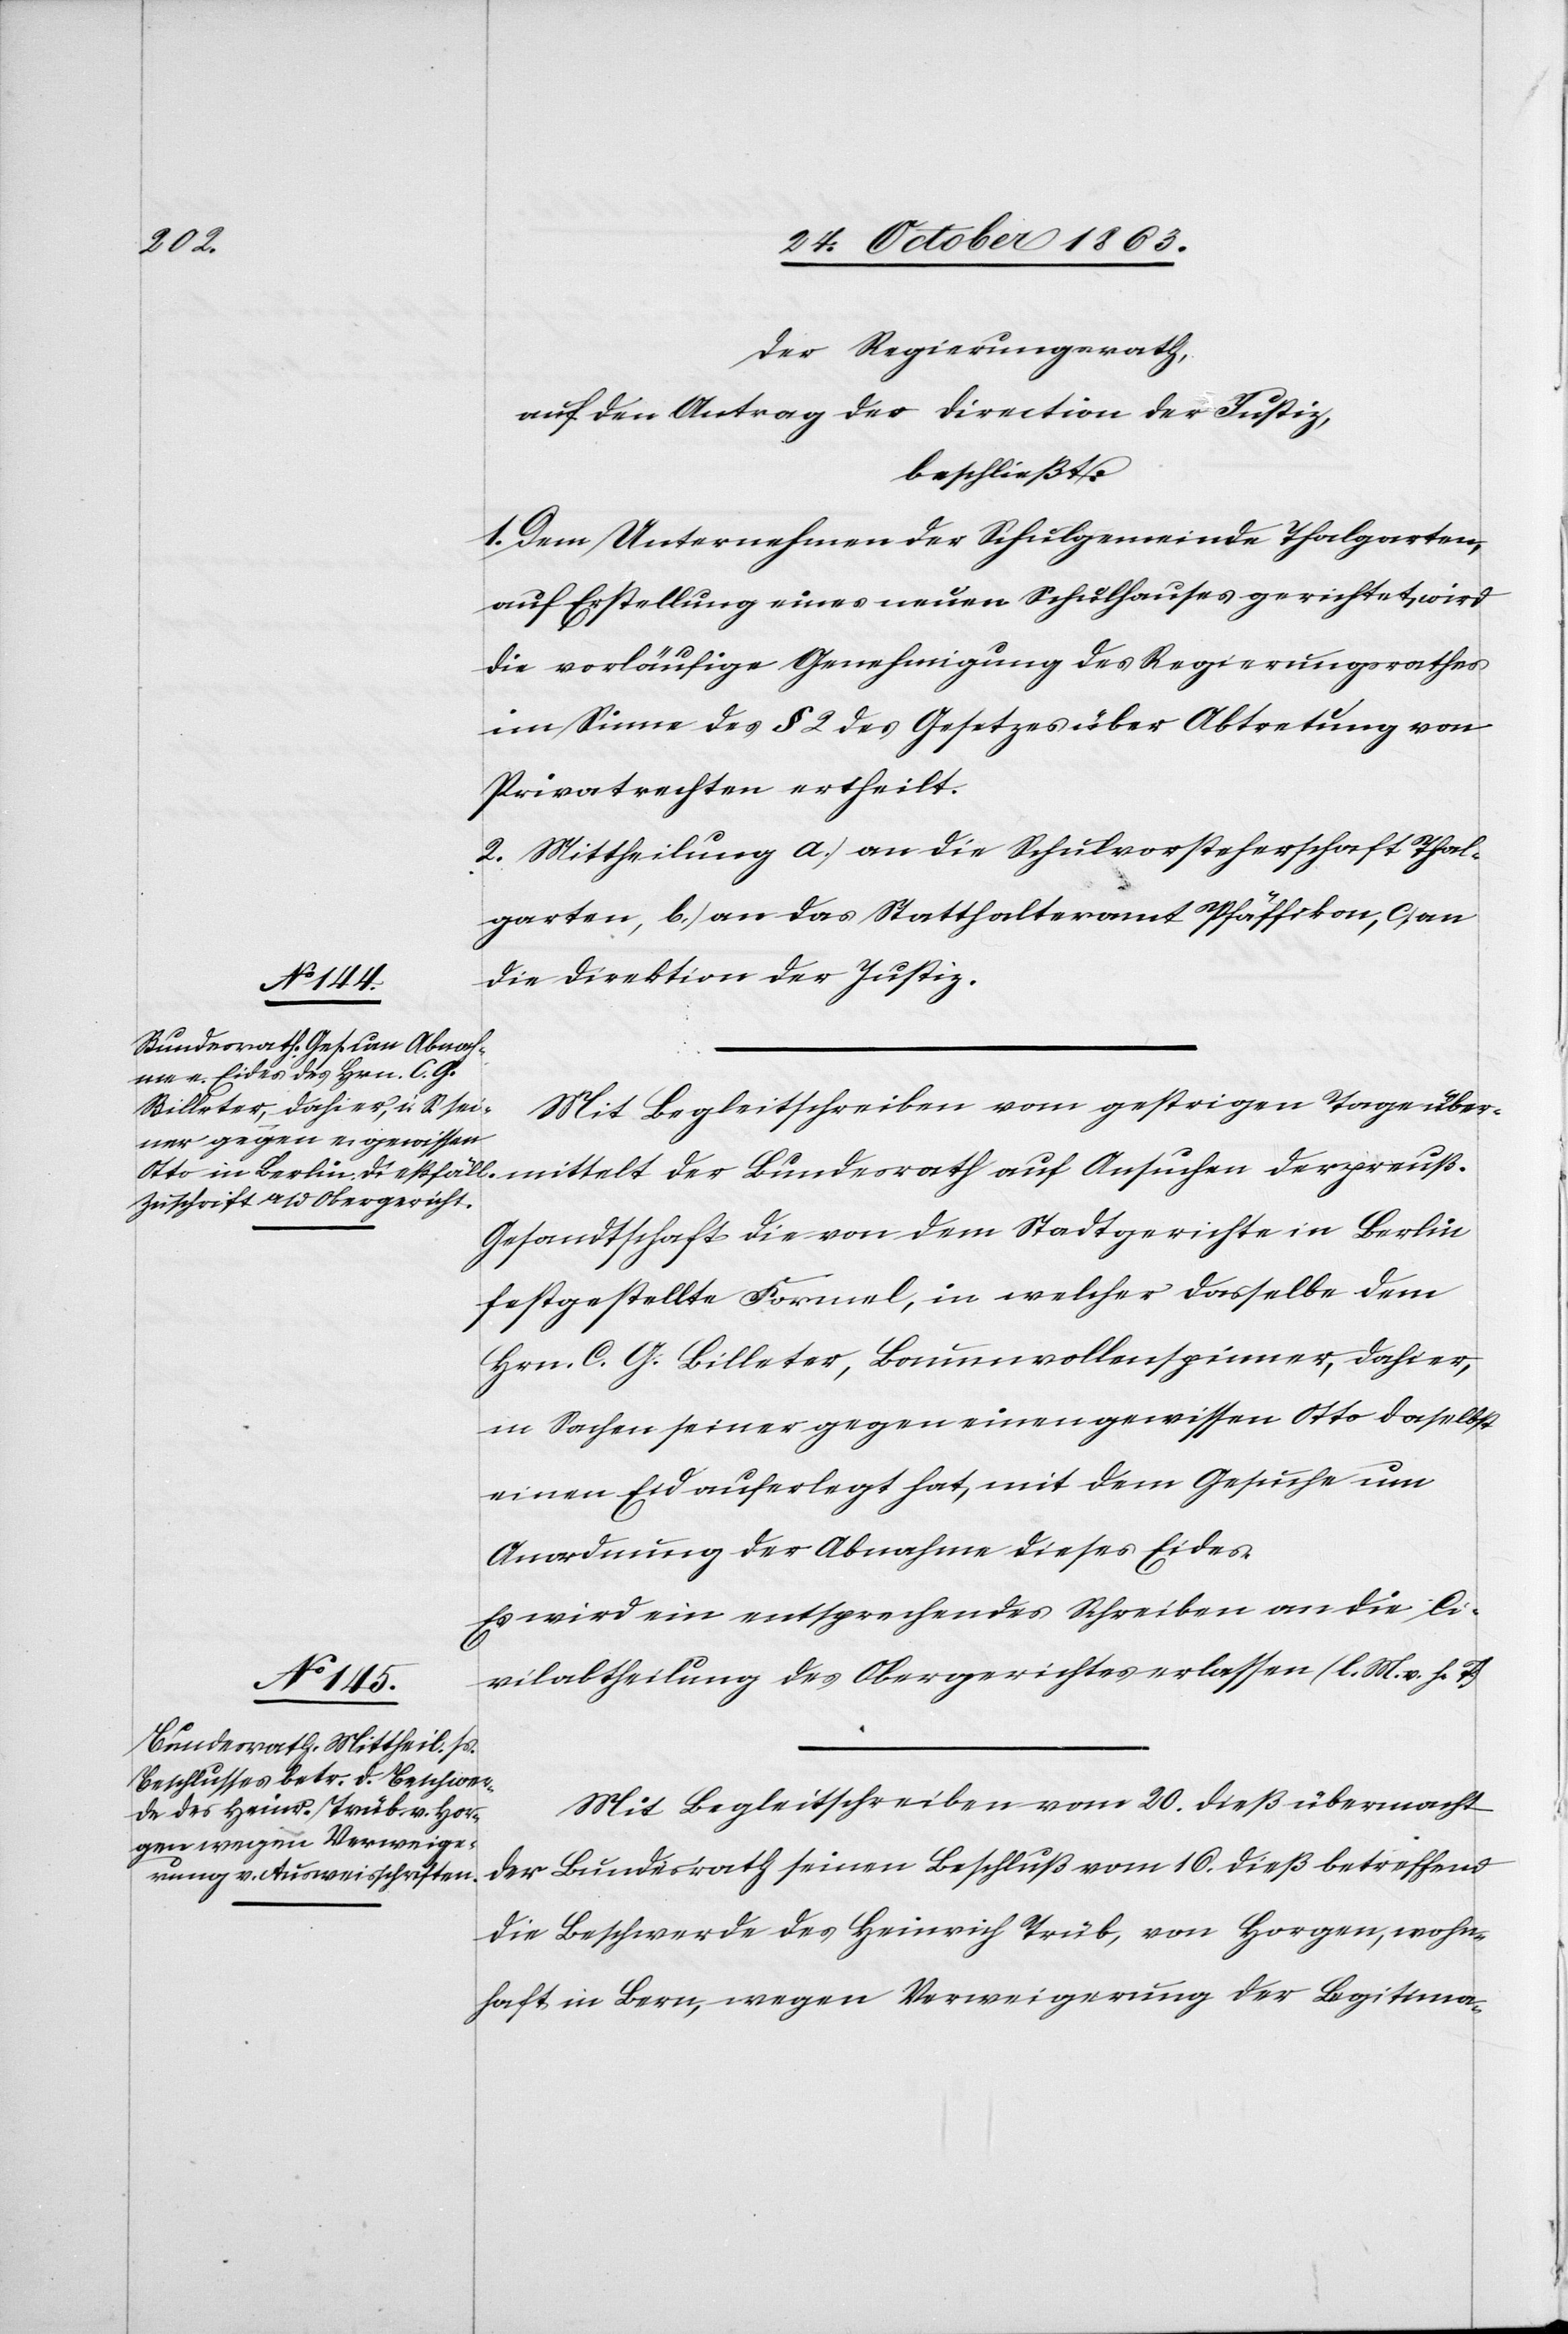
mittelt
Der Regierungsrath,
auf den Antrag der Direction der Justiz,
beschließt:
1. Dem Unternehmen der Schulgemeinde Thalgarten,
auf Erstellung eines neuen Schulhauses gerichtet, wird
die vorläufige Genehmigung des Regierungsrathes
im Sinne des § 2 des Gesetzes über Abtretung von
Privatrechten ertheilt.
2. Mittheilung a.) an die Schulvorsteherschaft Thal¬
garten, b.) an das Statthalteramt Pfäffikon, c.) an
die Direktion der Justiz.
Mit Begleitschreiben vom gestrigen Tage über¬
Gesandtschaft die von dem Stadtgerichte in Berlin
festgestellte Formel, in welcher dasselbe dem
Hrn. C. G. Billeter, Baumwollenspinner, dahier,
in Sachen seiner gegen einen gewissen Otto daselbst
einen Eid auferlegt hat, mit dem Gesuche um
Anordnung der Abnahme dieses Eides.
Es wird ein entsprechendes Schreiben an die Ci¬
vilabtheilung des Obergerichtes erlassen (l. M. v. h. T.)
Mit Begleitschreiben vom 20. dieß übermacht
der Bundesrath seinen Beschluß vom 16. dieß betreffend
die Beschwerde des Heinrich Trüb, von Horgen, wohn¬
haft in Bern, wegen Verweigerung der Legitima-